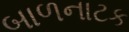
બાળનાટક